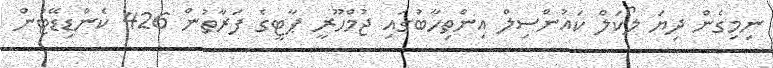
ނިމިގެން ދިޔަ ލޯކަލް ކައުންސިލް އިންތިހާބުގައި ޖުމްހޫރީ ޕާޓީގެ ފަރާތުން 426 ކެންޑިޑޭޓުން